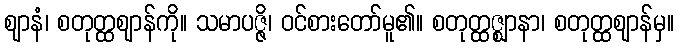
ဈာနံ၊ စတုတ္ထဈာန်ကို။ သမာပဇ္ဇိ၊ ဝင်စားတော်မူ၏။ စတုတ္ထဇ္ဈာနာ၊ စတုတ္ထဈာန်မှ။